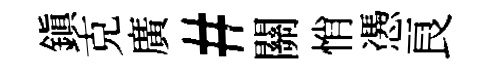
鎭克廣#關悄慿良